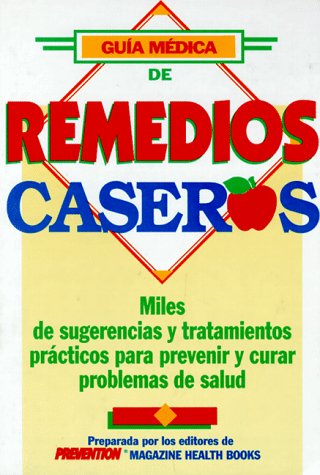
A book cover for GuÃ­a mÃ©dica de remedios caseros; Prevention Magazine Health Book Staff; Health, Fitness & Dieting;